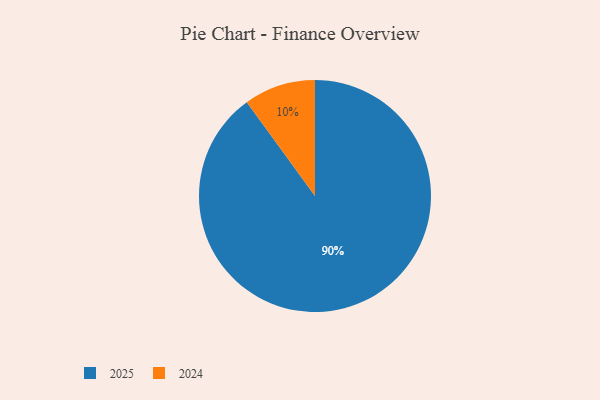
{"axis": {"x": "Category", "y": "Percentage"}, "legend": ["2024", "2025"], "data": [{"x": "2024", "y": 10, "type": "2024"}, {"x": "2025", "y": 90, "type": "2025"}]}